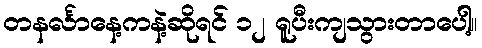
တနင်္လာနေ့ကနဲ့ဆိုရင် ၁၂ ရူပီးကျသွားတာပေါ့။